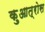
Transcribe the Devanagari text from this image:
क़ुआत्रोस